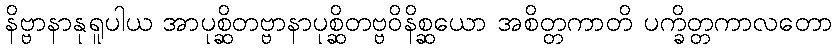
နိဗ္ဗာနာနုရူပါယ အာပုစ္ဆိတဗ္ဗာနာပုစ္ဆိတဗ္ဗဝိနိစ္ဆယော အစိတ္တကာတိ ပက္ခိတ္တကာလတော